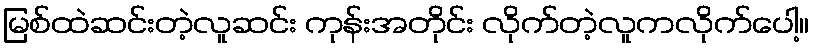
မြစ်ထဲဆင်းတဲ့လူဆင်း ကုန်းအတိုင်း လိုက်တဲ့လူကလိုက်ပေါ့။